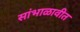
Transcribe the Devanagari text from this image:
सांभाळावीत